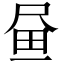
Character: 𡱮